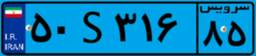
۵۰S۳۱۶۸۵